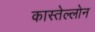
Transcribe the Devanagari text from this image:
कास्तेल्लोन